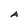
Character: A